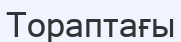
Тораптағы